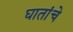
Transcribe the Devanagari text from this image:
घातांचे